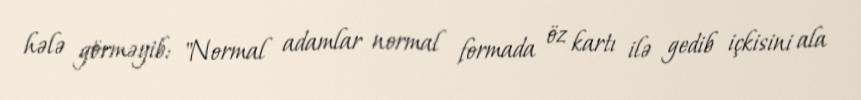
hələ görməyib: "Normal adamlar normal formada öz kartı ilə gedib içkisini ala